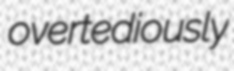
overtediously